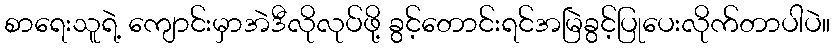
စာရေးသူရဲ့ ကျောင်းမှာအဲဒီလိုလုပ်ဖို့ ခွင့်တောင်းရင်အမြဲခွင့်ပြုပေးလိုက်တာပါပဲ။